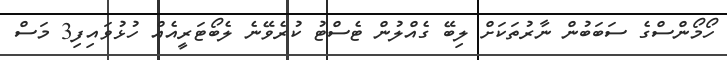
ހޯމޯންސްގެ ސަބަބުން ނާރުތަކަށް ލިބޭ ގެއްލުން ޓެސްޓު ކުރެވޭނެ ލެބޯޓަރީއެއް ހުޅުވައިފި3 މަސް